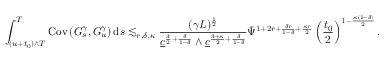
\int _ { ( u + t _ { 0 } ) \wedge T } ^ { T } \mathrm { C o v } \left( G _ { s } ^ { \gamma } , G _ { u } ^ { \gamma } \right) \mathrm { d } s \lesssim _ { r , \delta , \kappa } \frac { ( \gamma L ) ^ { \frac { 1 } { 2 } } } { \underline { { c } } ^ { \frac { 3 } { 2 } + \frac { \delta } { 1 - \delta } } \wedge \underline { { c } } ^ { \frac { 3 + \kappa } { 2 } + \frac { \delta } { 1 - \delta } } } \bar { \Psi } ^ { 1 + 2 r + \frac { \delta r } { 1 - \delta } + \frac { \kappa r } { 2 } } \left( \frac { t _ { 0 } } { 2 } \right) ^ { 1 - \frac { \kappa ( 1 - \delta ) } { 2 } } .